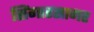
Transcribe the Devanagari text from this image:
सिंगारसागर